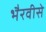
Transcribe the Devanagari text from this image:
भैरवीसे